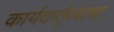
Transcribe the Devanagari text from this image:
कार्यकर्तृत्वाचा